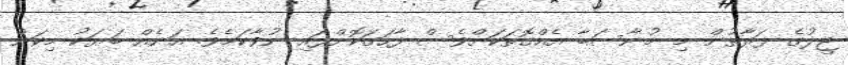
ޖީލުގެ ފަރާތުން މި މުނާސަބާ އެއްގޮތަކަށްވެސް ފާހަގަކޮށްފައި ނުވާކަމެވެ. އަނެއް ބަޔަކު މިކަން